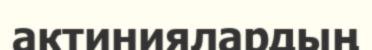
актиниялардың